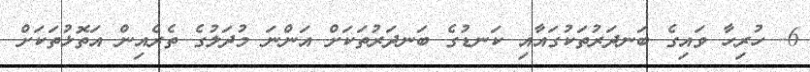
6- ހުރިހާ ވައިގެ ބަނދަރުތަކުގައާއި ކަނޑުގެ ބަނދަރުތަކަށް އަންނަ މުދަލުގެ ތެރެއިން އަތޮޅުތަކަށް